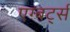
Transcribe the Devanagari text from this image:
एग्बर्ट्स